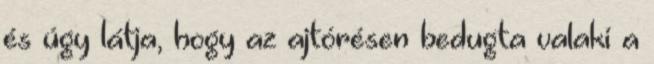
és úgy látja, hogy az ajtórésen bedugta valaki a